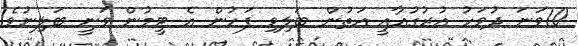
10ވަނަ ދުވަހު އުރުގުއާއީ އަތުން ބަލިވި ފަހުން އެ ޓީމުން ވަނީ ބަލިނުވެ